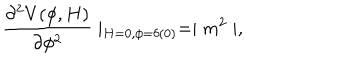
LaTeX: \frac { \partial ^ { 2 } V ( \phi , H ) } { \partial \phi ^ { 2 } } \mid _ { H = 0 , \phi = \delta ( 0 ) } = \mid m ^ { 2 } \mid ,